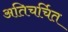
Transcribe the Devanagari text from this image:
अतिचर्चित